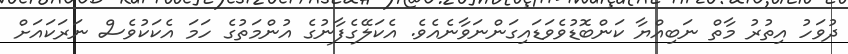
ދުވަހު އިތުރު މާތް ނަބިއްޔާ ކަންބޮޑުވެވަޑައިގަންނަވާނެއެވެ. އެކަލޭގެފާނުގެ އުންމަތުގެ ހަމަ އެކަކުވެސް ނަރަކައަށް